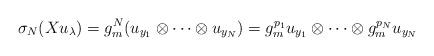
LaTeX: \begin{align*}\sigma_N (Xu_{\lambda }) = g_m^N (u_{y_1} \otimes \cdots \otimes u_{y_N}) = g_m^{p_1} u_{y_1} \otimes \cdots \otimes g_m^{p_N} u_{y_N}\end{align*}